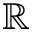
\mathbb { R }